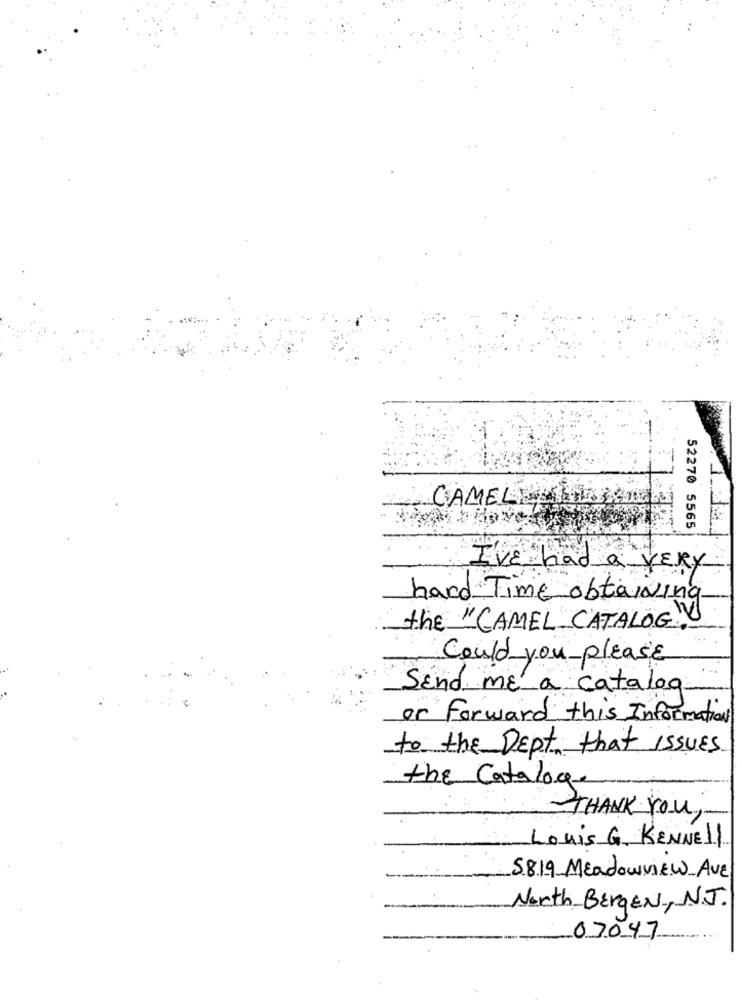
CAMEL
52270 5565
I'VE had a VERY
hard Time obtaining
the "CAMEL CATALOG"
Could you please
Send ME a catalog
or forward this Information
to the Dept that issues
the Cataloge
THANK YOU
Louis G. KENNEll
5819 Meadowview Ave
North-Bergen, NJ.
07047